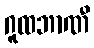
ဂူထဘာဏီ